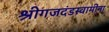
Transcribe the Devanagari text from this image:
श्रीगजदंडस्वामींना